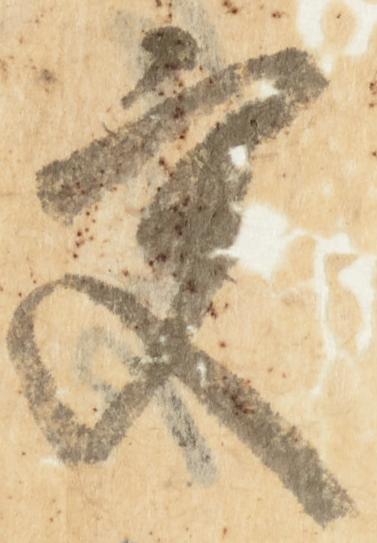
更